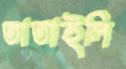
তাতাইলি